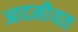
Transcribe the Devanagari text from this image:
आदमीयत